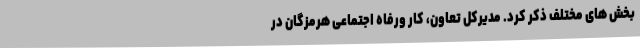
بخش های مختلف ذکر کرد. مدیرکل تعاون، کار ورفاه اجتماعی هرمزگان در